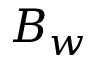
B _ { w }